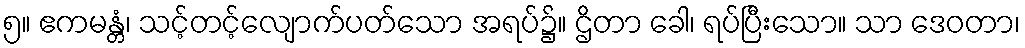
၅။ ဧကမန္တံ၊ သင့်တင့်လျောက်ပတ်သော အရပ်၌။ ဌိတာ ခေါ၊ ရပ်ပြီးသော။ သာ ဒေဝတာ၊